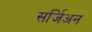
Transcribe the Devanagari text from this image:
सर्जिअन